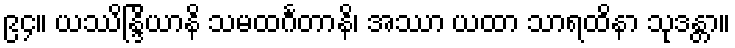
၉၄။ ယဿိန္ဒြိယာနိ သမထင်္ဂတာနိ၊ အဿာ ယထာ သာရထိနာ သုဒန္တာ။